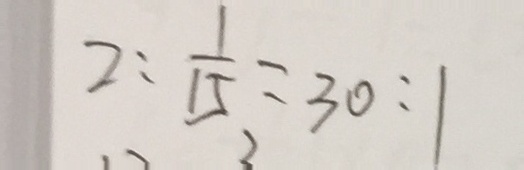
2 : \frac { 1 } { 1 5 } = 3 0 : 1